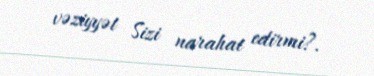
vəziyyət Sizi narahat edirmi?.